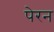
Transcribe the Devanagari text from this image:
पेरन